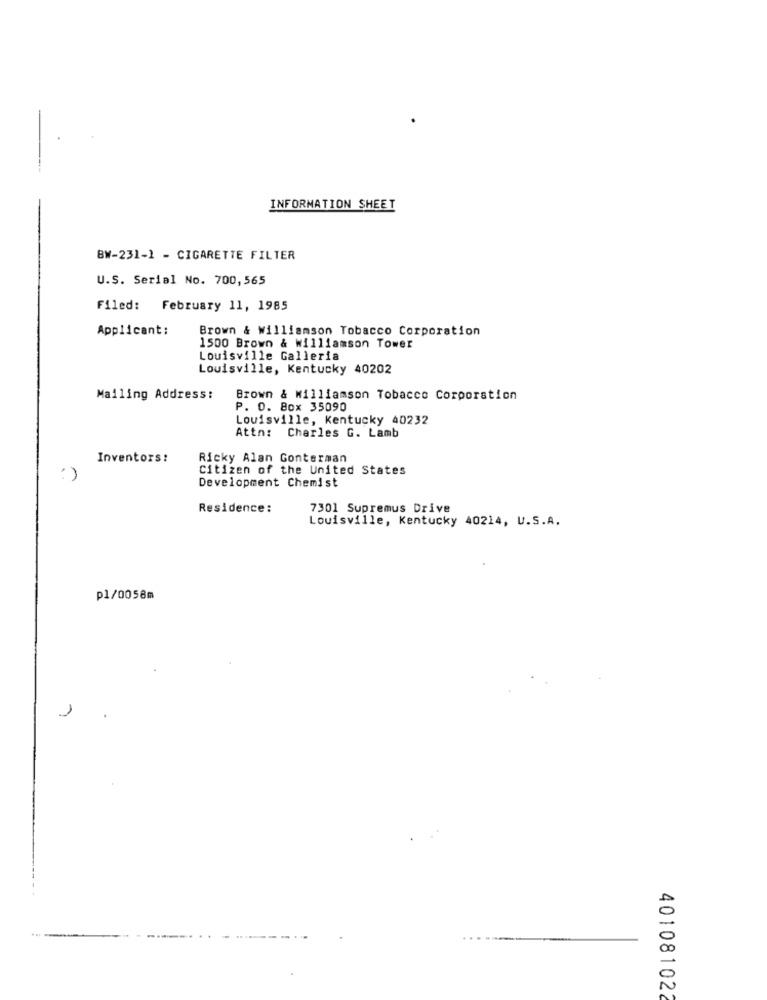
INFORMATION SHEET
BW-231-1 - CIGARETTE FILTER
U.S. Serial No. 700,565
Filed: February 11, 1985
Applicant:
Brown & Williamson Tobacco Corporation
1500 Brown & williamson Tower
Louisville Galleria
Louisville, Kentucky 40202
Mailing Address:
Brown & Williamson Tobacco Corporation
P. O. Box 35090
Louisville, Kentucky 40232
Attn: Charles G. Lamb
Inventors:
Ricky Alan Gonterman
Citizen of the United States
Development Chemist
Residence:
7301 Supremus Drive
Louisville, Kentucky 40214, U.S.A.
p1/0058m
401081022